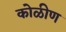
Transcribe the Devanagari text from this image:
कोळीण